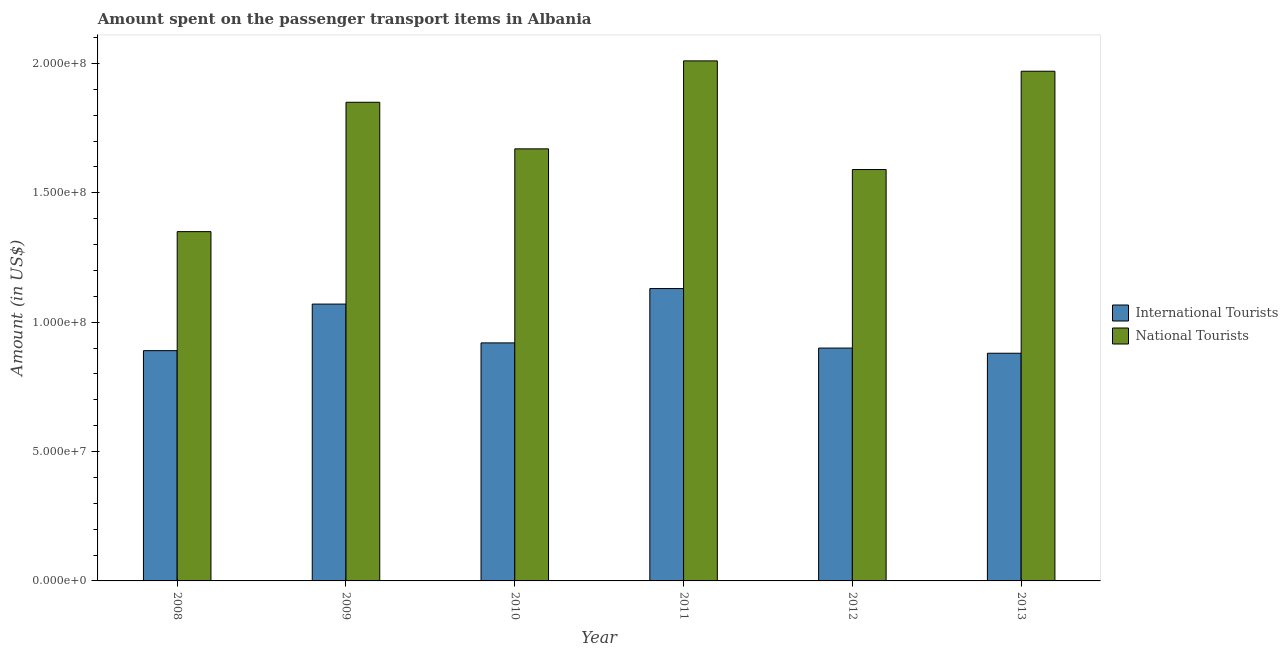
| Year | International Tourists | National Tourists |
 | --- | --- | --- |
 | 2008 | 8.9e+07 | 1.35e+08 |
 | 2009 | 1.07e+08 | 1.85e+08 |
 | 2010 | 9.2e+07 | 1.67e+08 |
 | 2011 | 1.13e+08 | 2.01e+08 |
 | 2012 | 9e+07 | 1.59e+08 |
 | 2013 | 8.8e+07 | 1.97e+08 |